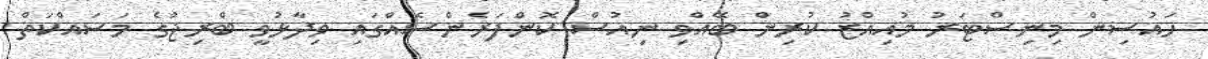
ހައުސިން މިނިސްޓަރު މުއިއްޒު ކުރިން ބޭއްވި ނިއުސް ކޮންފަރެންސެއްގައި ވިދާޅުވީ ބްރިޖުގެ މަސައްކަތް